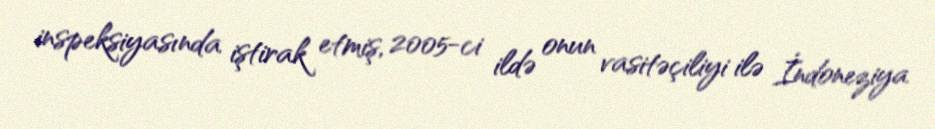
inspeksiyasında iştirak etmiş, 2005-ci ildə onun vasitəçiliyi ilə İndoneziya